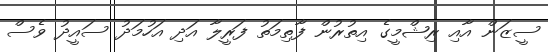
ސީޒަން އާއި ރިޝްމީގެ އިތުރުން ފާތިމަތު ފަރީލާ އަދި އަހުމަދު ސައީދު ވެސް